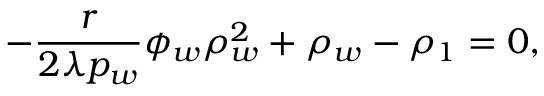
- \frac { r } { 2 \lambda p _ { w } } \phi _ { w } \rho _ { w } ^ { 2 } + \rho _ { w } - \rho _ { 1 } = 0 ,